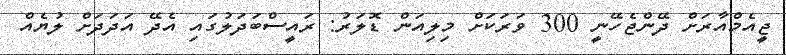
ޖީއެމްއާރަށް ދޭންޖެހޭނީ 300 ވަރަަކަށް މިލިއަން ޑޮލަރު: ރައީސްބަދަލުގައި އެދޭ އަދަދަށް ލުޔެއް